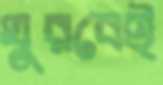
ঘুরবেই